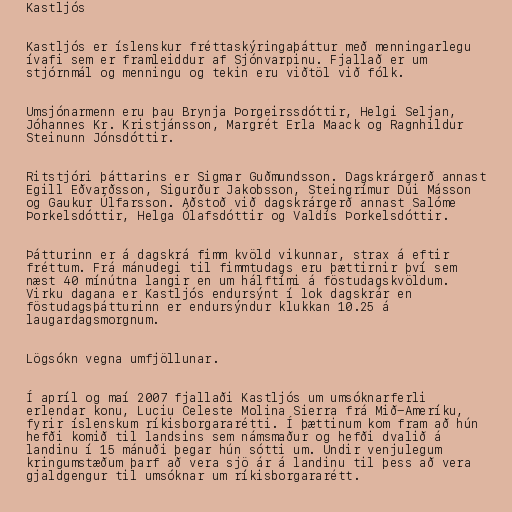
Kastljós

Kastljós er íslenskur fréttaskýringaþáttur með menningarlegu
ívafi sem er framleiddur af Sjónvarpinu. Fjallað er um
stjórnmál og menningu og tekin eru viðtöl við fólk.

Umsjónarmenn eru þau Brynja Þorgeirssdóttir, Helgi Seljan,
Jóhannes Kr. Kristjánsson, Margrét Erla Maack og Ragnhildur
Steinunn Jónsdóttir.

Ritstjóri þáttarins er Sigmar Guðmundsson. Dagskrárgerð annast
Egill Eðvarðsson, Sigurður Jakobsson, Steingrímur Dúi Másson
og Gaukur Úlfarsson. Aðstoð við dagskrárgerð annast Salóme
Þorkelsdóttir, Helga Ólafsdóttir og Valdís Þorkelsdóttir.

Þátturinn er á dagskrá fimm kvöld vikunnar, strax á eftir
fréttum. Frá mánudegi til fimmtudags eru þættirnir því sem
næst 40 mínútna langir en um hálftími á föstudagskvöldum.
Virku dagana er Kastljós endursýnt í lok dagskrár en
föstudagsþátturinn er endursýndur klukkan 10.25 á
laugardagsmorgnum.

Lögsókn vegna umfjöllunar.

Í apríl og maí 2007 fjallaði Kastljós um umsóknarferli
erlendar konu, Luciu Celeste Molina Sierra frá Mið-Ameríku,
fyrir íslenskum ríkisborgararétti. Í þættinum kom fram að hún
hefði komið til landsins sem námsmaður og hefði dvalið á
landinu í 15 mánuði þegar hún sótti um. Undir venjulegum
kringumstæðum þarf að vera sjö ár á landinu til þess að vera
gjaldgengur til umsóknar um ríkisborgararétt.